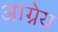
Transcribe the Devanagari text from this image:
अाग्नेय